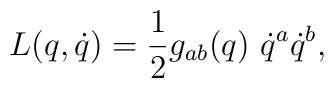
L(q,\dot{q})={1\over2} g_{ab}(q)~\dot{q}^a\dot{q}^b,